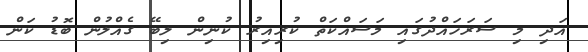
އަދި މި ސަރަހައްދުގައި މަސައްކަތް ކުރިއިރު ކުނިން ލިބޭ ގެއްލުން ބޮޑު ކަން